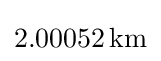
2.00052\,{\text{km}}